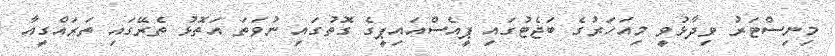
މިނިސްޓަރު ވިދާޅުވީ މިއަހަރުގެ ބަޖެޓުގައި ޕީއެސްއައިޕީގެ ގޮތުގައި ނުވަތަ އަތޮޅު ތެރޭގައި ތަރައްގީއާ